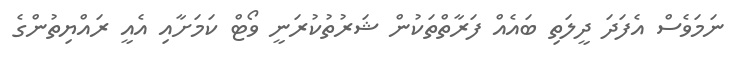
ނަމަވެސް އެފަދަ ދީލަތި ބައެއް ފަރާތްތަކުން ޝަރުތުކުރަނީ ވޯޓް ކަމަށާއި އެއީ ރައްޔިތުންގެ